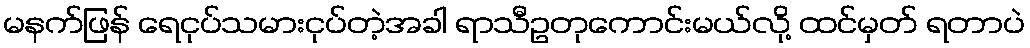
မနက်ဖြန် ရေငုပ်သမားငုပ်တဲ့အခါ ရာသီဥတုကောင်းမယ်လို့ ထင်မှတ် ရတာပဲ